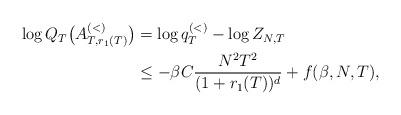
LaTeX: \begin{align*} \begin{aligned} \log Q_T\big(A^{(<)}_{T,r_1(T)}\big) &= \log q_T^{(<)} - \log Z_{N,T} \\&\leq -\beta C\frac{N^2T^2}{ (1+r_1(T))^d} + f(\beta,N,T), \end{aligned} \end{align*}